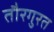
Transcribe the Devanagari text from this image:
तौरगुरत